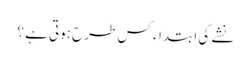
نشے کی ابتداء کس طرح ہوتی ہے ؟